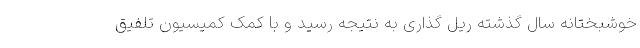
خوشبختانه سال گذشته ریل گذاری به نتیجه رسید و با کمک کمیسیون تلفیق